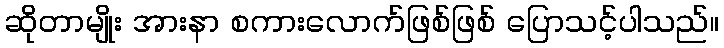
ဆိုတာမျိုး အားနာ စကားလောက်ဖြစ်ဖြစ် ပြောသင့်ပါသည်။